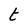
Character: t